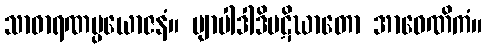
သာဓာရဏပ္ပယောဇနံ။ ဗျာပါဒါဒိပဋိဃာတော အာဝေဏိကံ။